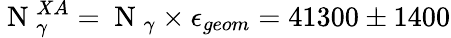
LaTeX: \mathrm{~N~}_{\gamma}^{XA}=\mathrm{~N~}_{\gamma}\times\epsilon_{geom}=41300\pm 1400